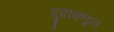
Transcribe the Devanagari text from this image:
दुदाकडून